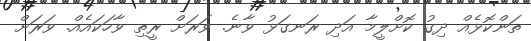
ތަންކޮޅެއް ދިގު ކޮށްލީމާ އަދި ރަނގަޅު ވާނެ. ވަރަށް ރީތި ވާހަކައެއް. ވަރަށް